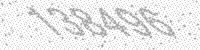
Solution: 138496